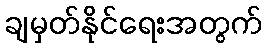
ချမှတ်နိုင်ရေးအတွက်